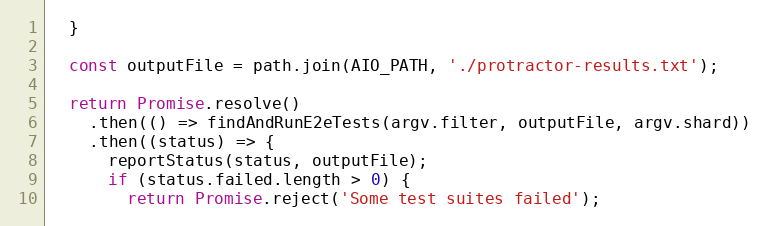
Language: JavaScript
  }

  const outputFile = path.join(AIO_PATH, './protractor-results.txt');

  return Promise.resolve()
    .then(() => findAndRunE2eTests(argv.filter, outputFile, argv.shard))
    .then((status) => {
      reportStatus(status, outputFile);
      if (status.failed.length > 0) {
        return Promise.reject('Some test suites failed');